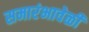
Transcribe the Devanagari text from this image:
समारंभावेळी